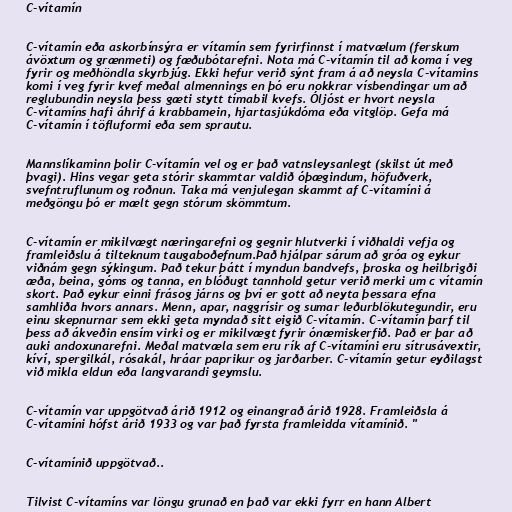
C-vítamín

C-vítamín eða askorbínsýra er vítamín sem fyrirfinnst í matvælum (ferskum
ávöxtum og grænmeti) og fæðubótarefni. Nota má C-vítamín til að koma í veg
fyrir og meðhöndla skyrbjúg. Ekki hefur verið sýnt fram á að neysla C-vítamins
komi í veg fyrir kvef meðal almennings en þó eru nokkrar vísbendingar um að
reglubundin neysla þess gæti stytt tímabil kvefs. Óljóst er hvort neysla
C-vítamíns hafi áhrif á krabbamein, hjartasjúkdóma eða vitglöp. Gefa má
C-vítamín í töfluformi eða sem sprautu.

Mannslíkaminn þolir C-vítamín vel og er það vatnsleysanlegt (skilst út með
þvagi). Hins vegar geta stórir skammtar valdið óþægindum, höfuðverk,
svefntruflunum og roðnun. Taka má venjulegan skammt af C-vítamíni á
meðgöngu þó er mælt gegn stórum skömmtum.

C-vítamín er mikilvægt næringarefni og gegnir hlutverki í viðhaldi vefja og
framleiðslu á tilteknum taugaboðefnum.Það hjálpar sárum að gróa og eykur
viðnám gegn sýkingum. Það tekur þátt í myndun bandvefs, þroska og heilbrigði
æða, beina, góms og tanna, en blóðugt tannhold getur verið merki um c vítamín
skort. Það eykur einni frásog járns og því er gott að neyta þessara efna
samhliða hvors annars. Menn, apar, naggrísir og sumar leðurblökutegundir, eru
einu skepnurnar sem ekki geta myndað sitt eigið C-vítamín. C-vítamín þarf til
þess að ákveðin ensím virki og er mikilvægt fyrir ónæmiskerfið. Það er þar að
auki andoxunarefni. Meðal matvæla sem eru rík af C-vítamíni eru sítrusávextir,
kíví, spergilkál, rósakál, hráar paprikur og jarðarber. C-vítamín getur eyðilagst
við mikla eldun eða langvarandi geymslu.

C-vítamín var uppgötvað árið 1912 og einangrað árið 1928. Framleiðsla á
C-vítamíni hófst árið 1933 og var það fyrsta framleidda vítamínið. "

C-vítamínið uppgötvað..

Tilvist C-vítamíns var löngu grunað en það var ekki fyrr en hann Albert